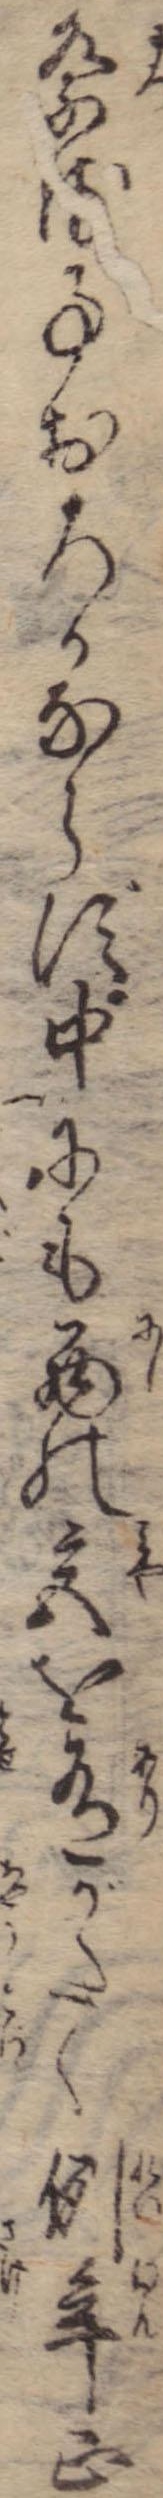
祭る事おろかならず中にも西の宮を有がたく例年正